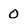
Character: 0